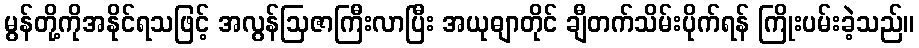
မွန်တို့ကိုအနိုင်ရသဖြင့် အလွန်ဩဇာကြီးလာပြီး အယုဓျာတိုင် ချီတက်သိမ်းပိုက်ရန် ကြိုးပမ်းခဲ့သည်။